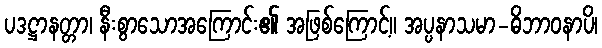
ပဒဋ္ဌာနတ္တာ၊ နီးစွာသောအကြောင်း၏ အဖြစ်ကြောင့်။ အပ္ပနာသမာ-ဓိဘာဝနာပိ၊